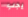
يجب